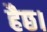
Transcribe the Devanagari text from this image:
हैछ।